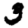
Digit: 3